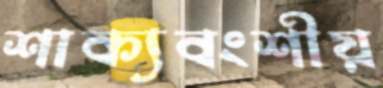
শাক্যবংশীয়